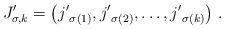
LaTeX: \begin{align*} J'_{\sigma,k}=\left({j'}_{\sigma(1)},{j'}_{\sigma(2)},\dots,{j'}_{\sigma(k)}\right)\,.\end{align*}